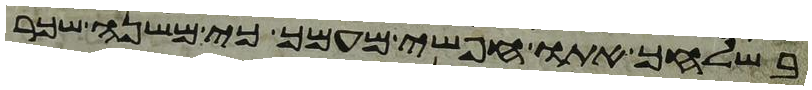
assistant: בשלחך אתו חפשי מעמך כי משנה שכר